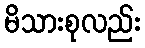
မိသားစုလည်း